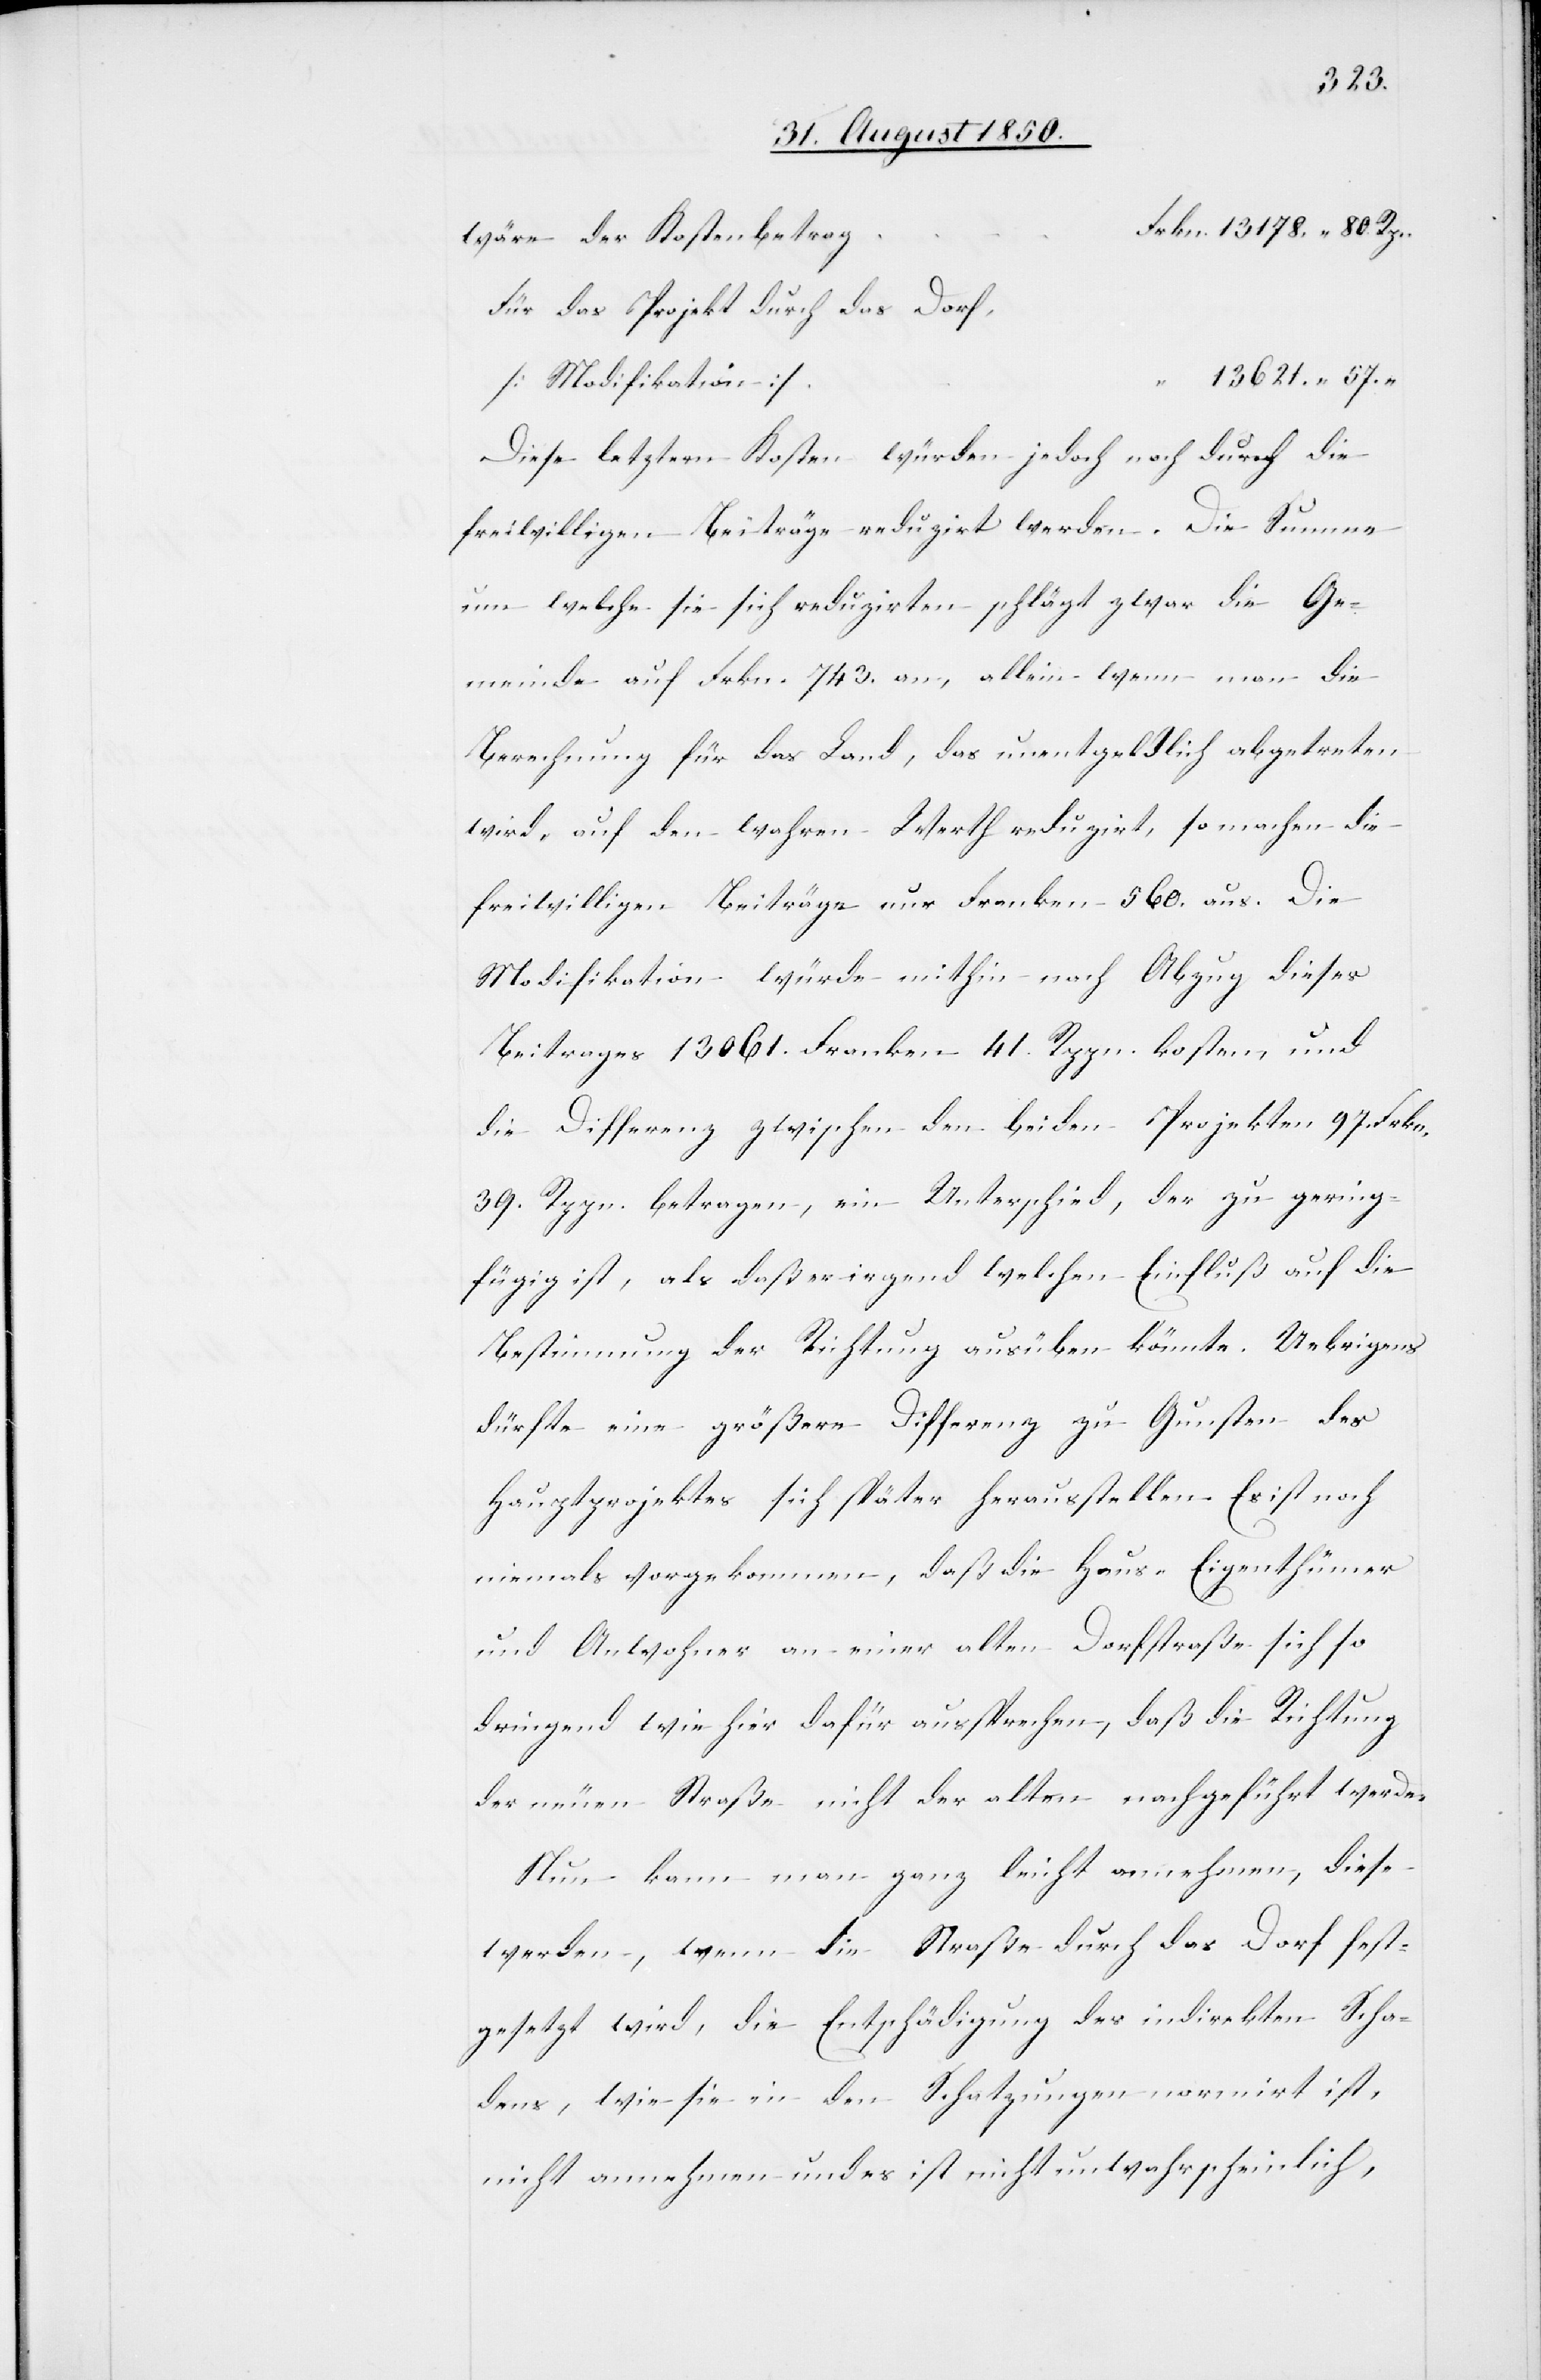
3 621.
Für das Projekt durch das Dorf,
Diese letztern Kosten würden jedoch noch durch die
freiwilligen Beiträge reduzirt werden. Die Summe
um welche sie sich reduzirten schlägt zwar die Ge¬
meinde auf Frkn. 743. an, allein wenn man die
Berechnung für das Land, das unentgeldlich abgetreten
wird, auf den wahren Werth reduzirt, so machen die
freiwilligen Beiträge nur Franken 560. aus. Die
Modifikation würde mithin nach Abzug dieses
Beitrages 13 061. Franken 41. Rppn. kosten, und
die Differenz zwischen den beiden Projekten 97. Frkn.
39. Rppn. betragen, ein Unterschied, der zu gering¬
fügig ist, als daß er irgend welchen Einfluß auf die
Bestimmung der Richtung ausüben könnte. Uebrigens
dürfte eine größere Differenz zu Gunsten des
Hauptprojektes sich später herausstellen. Es ist noch
niemals vorgekommen, daß die Haus-Eigenthümer
und Anwohner an einer alten Dorfstraße sich so
dringend wie hier dafür aussprechen, daß die Richtung
der neuen Straße nicht der alten nachgeführt werde.
Nun kann man ganz leicht annehmen, diese
werden, wenn die Straße durch das Dorf fest¬
gesetzt wird, die Entschädigung des indirekten Scha¬
dens, wie sie in den Schatzungen normirt ist,
nicht annehmen und es ist nicht unwahrscheinlich,